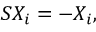
S X _ { i } = - X _ { i } ,